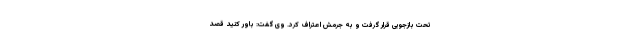
تحت بازجویی قرار گرفت و به جرمش اعتراف کرد. وی گفت: باور کنید قصد